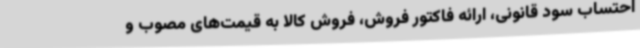
احتساب سود قانونی، ارائه فاکتور فروش، فروش کالا به قیمت‌های مصوب و